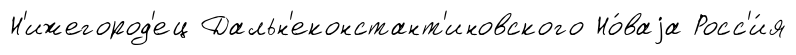
Н'ижегород'ец Дальн'еконстант'иновского Но́ваjа Росс'и́я